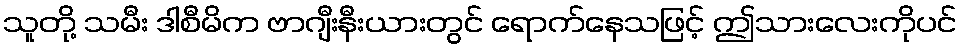
သူတို့ သမီး ဒါစီမိက ဗာဂျီးနီးယားတွင် ရောက်နေသဖြင့် ဤသားလေးကိုပင်